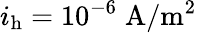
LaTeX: i_{\mathrm{h}}=10^{-6}\; \mathrm{A}/\mathrm{m}^{2}